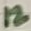
Text: 12